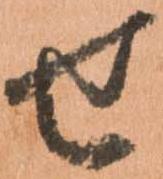
せ